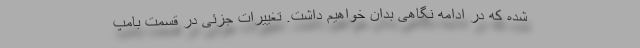
شده که در ادامه نگاهی بدان خواهیم داشت. تغییرات جزئی در قسمت بامپ